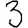
Digit: 3